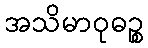
အသိမာဝုဓဉ္စ